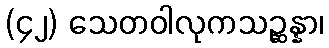
(၄၂) သေတဝါလုကသဉ္ဆန္နာ၊